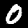
Label: 0